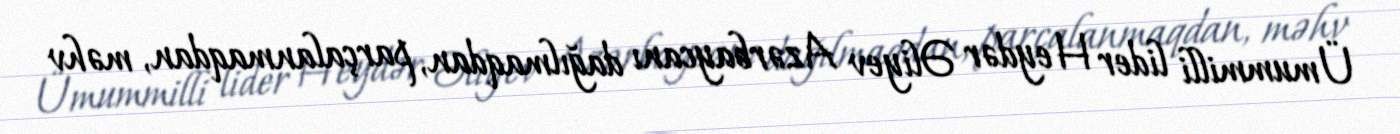
Ümummilli lider Heydər Əliyev Azərbaycanı dağılmaqdan, parçalanmaqdan, məhv